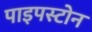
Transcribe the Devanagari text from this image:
पाइपस्टोन